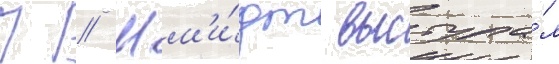
П // Шм'и́дт выступа́л